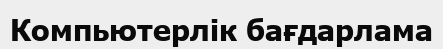
Компьютерлік бағдарлама